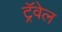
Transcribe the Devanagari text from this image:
ट्रॅवेल